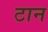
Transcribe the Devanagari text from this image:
टान